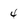
Character: 4